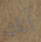
أنك